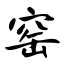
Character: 窑